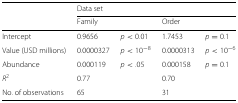
|  | <COLSPAN=2> Data set | <COLSPAN=2>  |
 |  | Family |  | Order |  |
 | --- | --- | --- | --- | --- |
 | Intercept | 0.9656 | p<0.01 | 1.7453 | p=0.1 |
 | Value (USD millions) | 0.0000327 | p<10−8 | 0.0000313 | p<10−6 |
 | Abundance | 0.000119 | p<.05 | 0.000158 | p=0.1 |
 | R2 | 0.77 |  | 0.70 |  |
 | No. of observations | 65 |  | 31 |  |